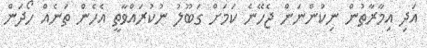
އަދި އިމާރާތުން ނިކުންނަން ޖެހޭނެ ކަމަށް ގަބޫލު ނުކުރައްވާތީ އެހެން ތަނެއް ހޯދަން